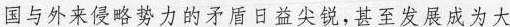
国与外来侵略势力的矛盾日益尖锐，甚至发展成为大